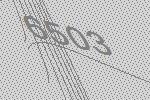
6503